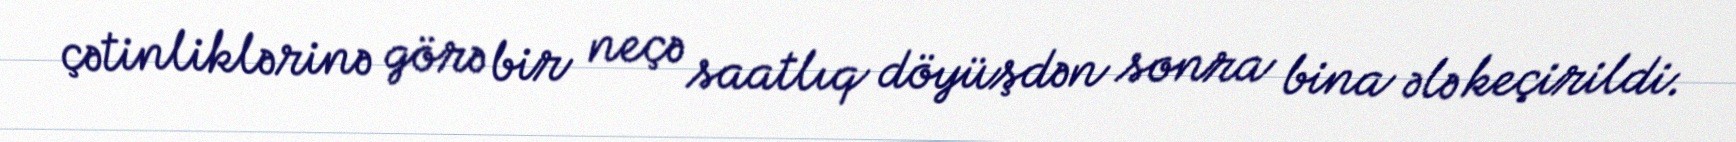
çətinliklərinə görə bir neçə saatlıq döyüşdən sonra bina ələ keçirildi.